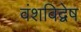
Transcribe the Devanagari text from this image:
वंशविद्वेष